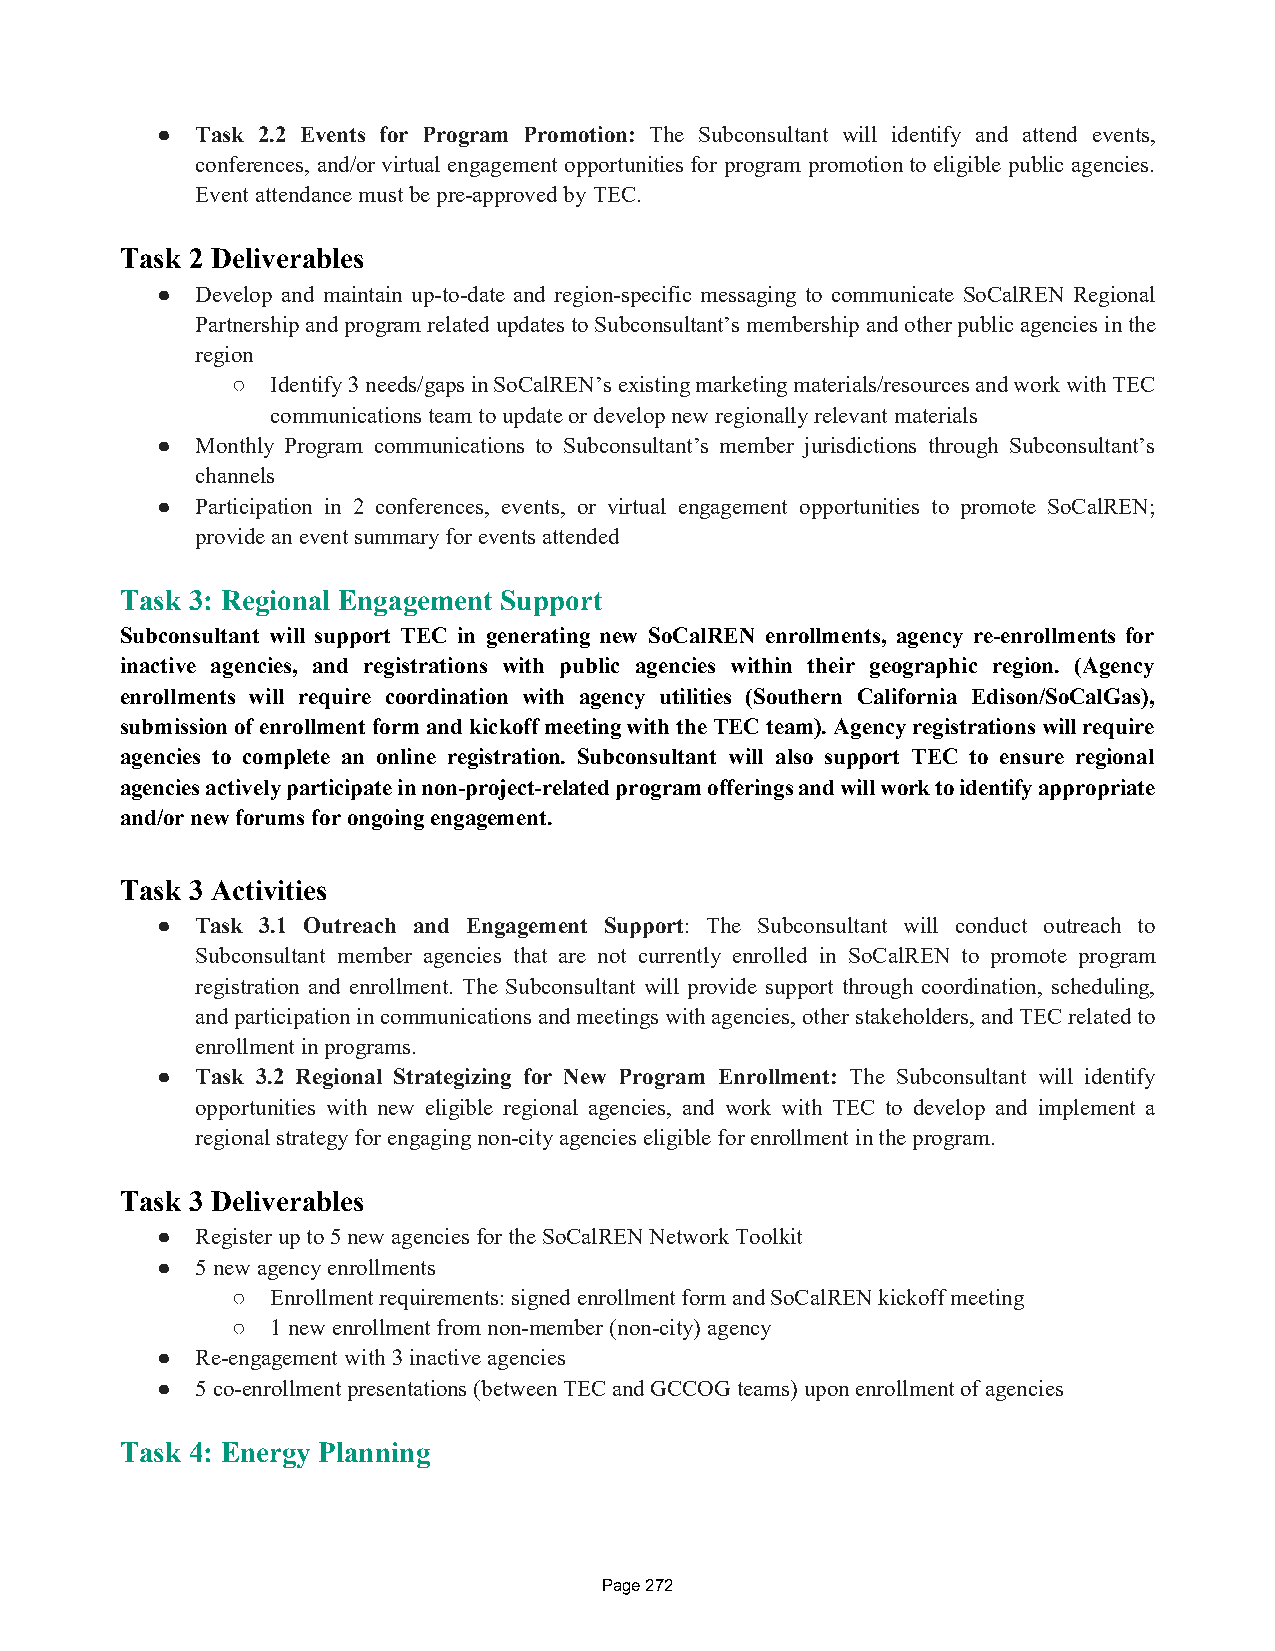
●  Task 2.2 Events for Program Promotion: The Subconsultant will identify and attend events,
 conferences, and/or virtual engagement opportunities for program promotion to eligible public agencies.
 Event attendance must be pre-approved by TEC.
 Task 2 Deliverables
 ●  Develop and maintain up-to-date and region-specific messaging to communicate SoCalREN Regional
 Partnership and program related updates to Subconsultant’s membership and other public agencies in the
 region
 ○  Identify 3 needs/gaps in SoCalREN’s existing marketing materials/resources and work with TEC
 communications team to update or develop new regionally relevant materials
 ●  Monthly Program communications to Subconsultant’s member jurisdictions through Subconsultant’s
 channels
 ●  Participation in 2 conferences, events, or virtual engagement opportunities to promote SoCalREN;
 provide an event summary for events attended
 Task 3: Regional Engagement Support
 Subconsultant will support TEC in generating new SoCalREN enrollments, agency re-enrollments for
 inactive agencies, and registrations with public agencies within their geographic region. (Agency
 enrollments will require coordination with agency utilities (Southern California Edison/SoCalGas),
 submission of enrollment form and kickoff meeting with the TEC team). Agency registrations will require
 agencies to complete an online registration. Subconsultant will also support TEC to ensure regional
 agencies actively participate in non-project-related program offerings and will work to identify appropriate
 and/or new forums for ongoing engagement.
 Task 3 Activities
 ●  Task 3.1 Outreach and Engagement Support: The Subconsultant will conduct outreach to
 Subconsultant member agencies that are not currently enrolled in SoCalREN to promote program
 registration and enrollment. The Subconsultant will provide support through coordination, scheduling,
 and participation in communications and meetings with agencies, other stakeholders, and TEC related to
 enrollment in programs.
 ●  Task 3.2 Regional Strategizing for New Program Enrollment: The Subconsultant will identify
 opportunities with new eligible regional agencies, and work with TEC to develop and implement a
 regional strategy for engaging non-city agencies eligible for enrollment in the program.
 Task 3 Deliverables
 ●  Register up to 5 new agencies for the SoCalREN Network Toolkit
 ●  5 new agency enrollments
 ○  Enrollment requirements: signed enrollment form and SoCalREN kickoff meeting
 ○  1 new enrollment from non-member (non-city) agency
 ●  Re-engagement with 3 inactive agencies
 ●  5 co-enrollment presentations (between TEC and GCCOG teams) upon enrollment of agencies
 Task 4: Energy Planning
 Page 272